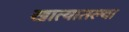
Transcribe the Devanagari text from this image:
खात्यातल्या